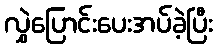
လွှဲပြောင်းပေးအပ်ခဲ့ပြီး